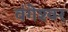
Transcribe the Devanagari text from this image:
वंगेश्‍वर